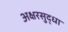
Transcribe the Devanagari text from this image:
अक्षरसुद्धा